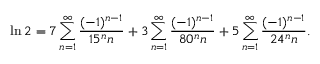
\ln 2 = 7 \sum _ { n = 1 } ^ { \infty } { \frac { ( - 1 ) ^ { n - 1 } } { 1 5 ^ { n } n } } + 3 \sum _ { n = 1 } ^ { \infty } { \frac { ( - 1 ) ^ { n - 1 } } { 8 0 ^ { n } n } } + 5 \sum _ { n = 1 } ^ { \infty } { \frac { ( - 1 ) ^ { n - 1 } } { 2 4 ^ { n } n } } .